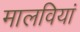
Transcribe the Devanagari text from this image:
मालवियां